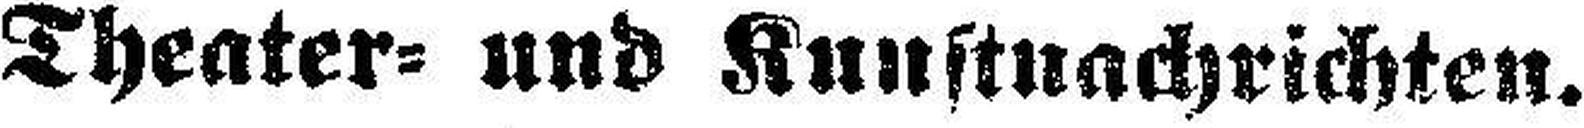
Theater= und Kunstnachrichten.